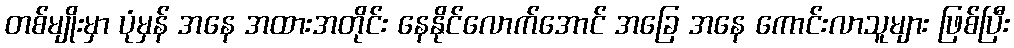
တစ်မျိုးမှာ ပုံမှန် အနေ အထားအတိုင်း နေနိုင်လောက်အောင် အခြေ အနေ ကောင်းလာသူများ ဖြစ်ပြီး